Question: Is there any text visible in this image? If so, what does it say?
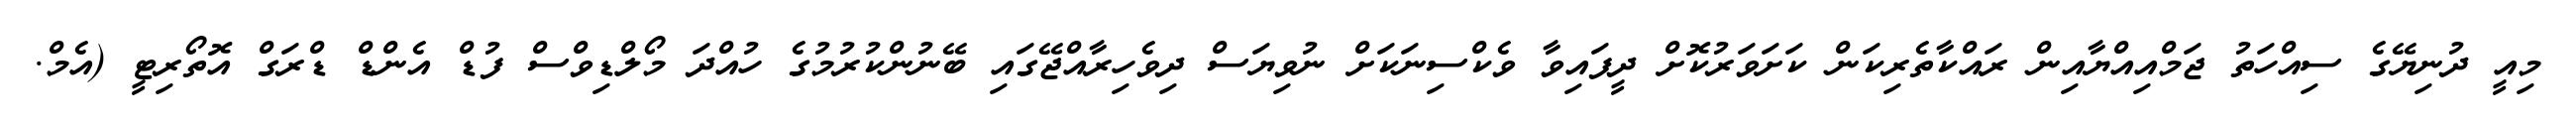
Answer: މިއީ ދުނިޔޭގެ ސިއްހަތު ޖަމްއިއްޔާއިން ރައްކާތެރިކަން ކަށަވަރުކޮށް ދީފައިވާ ވެކްސިނަކަށް ނުވިޔަސް ދިވެހިރާއްޖޭގައި ބޭނުންކުރުމުގެ ހުއްދަ މޯލްޑިވްސް ފުޑް އެންޑް ޑްރަގް އޮތޯރިޓީ (އެމް.